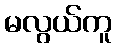
မလွယ်ကူ